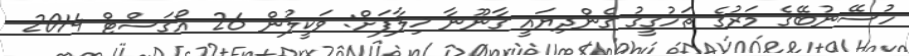
ހުސޭނުބޭގެ މަރުގެ ތަހުގީގު ގެންދިޔައީ ގާނޫނާ ޚިލާފަށް: ވަކީލުން 26 އޯގަސްޓް 2014